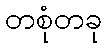
တစုံတခု